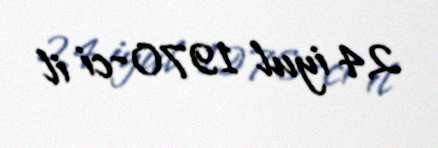
24 iyul 1970-ci il